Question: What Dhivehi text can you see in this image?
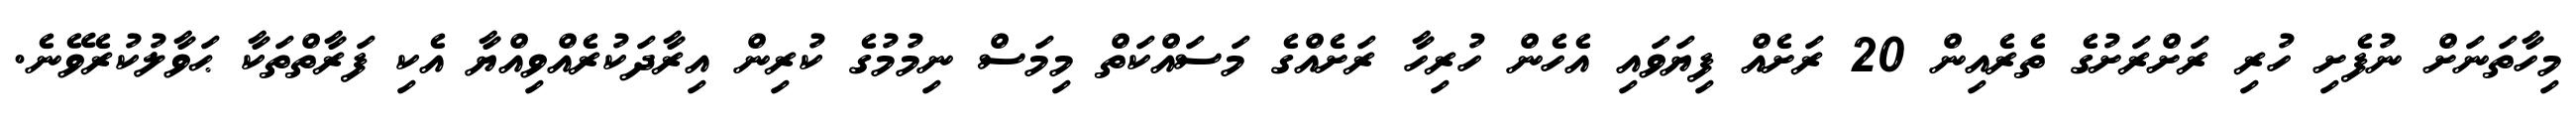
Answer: މިހާތަނަށް ނުފެށި ހުރި ރަށްރަށުގެ ތެރެއިން 20 ރަށެއް ފިޔަވައި އެހެން ހުރިހާ ރަށެއްގެ މަސައްކަތް މިމަސް ނިމުމުގެ ކުރިން އިރާދަކުރެއްވިއްޔާ އެކި ފަރާތްތަކާ ޙަވާލުކުރެވޭނެ.